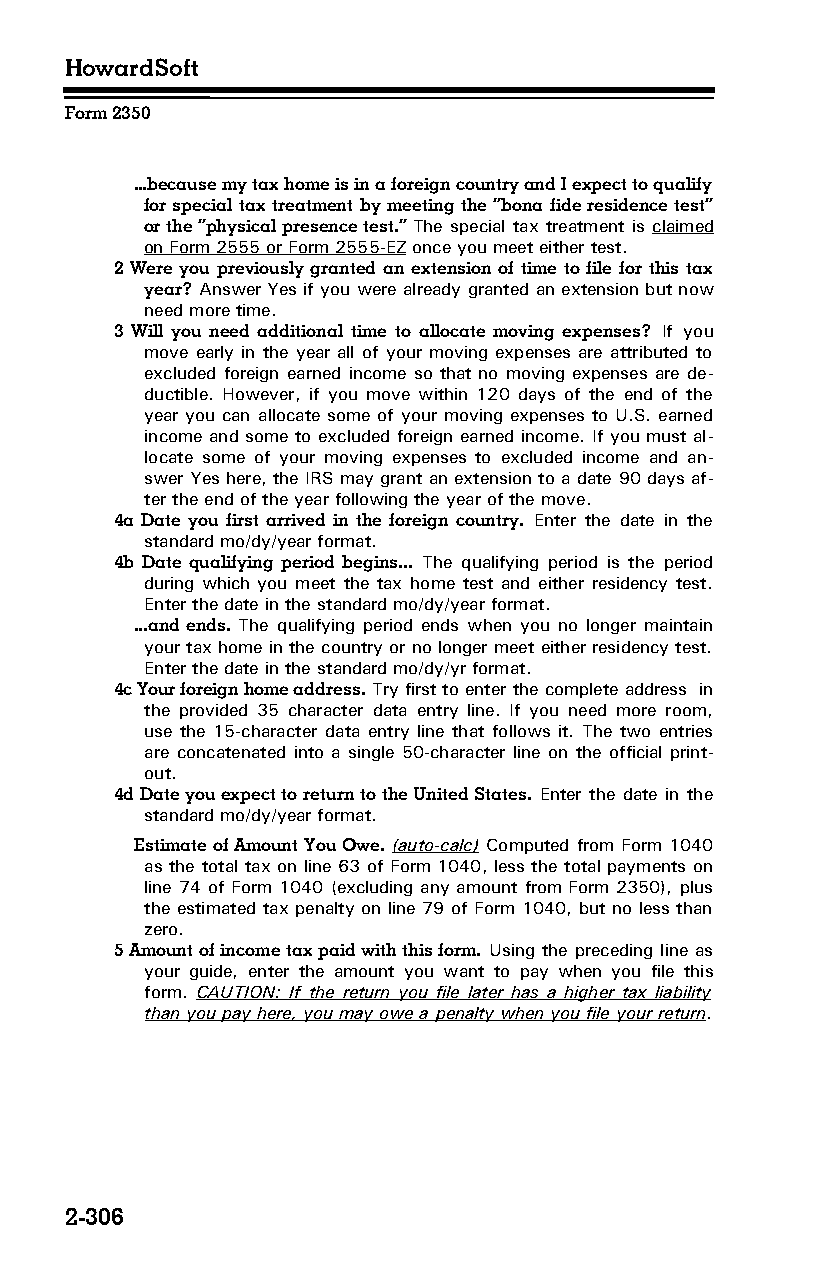
HowardSoft
 Form 2350
 ...because my tax home is in a foreign country and I expect to qualify
 for special tax treatment by meeting the “bona fide residence test”
 or the “physical presence test.” The special tax treatment is claimed
 on Form 2555 or Form 2555-EZ once you meet either test.
 2 Were you previously granted an extension of time to file for this tax
 year? Answer Yes if you were already granted an extension but now
 need more time.
 3 Will you need additional time to allocate moving expenses? If you
 move early in the year all of your moving expenses are attributed to
 excluded foreign earned income so that no moving expenses are de­
 ductible. However, if you move within 120 days of the end of the
 year you can allocate some of your moving expenses to U.S. earned
 income and some to excluded foreign earned income. If you must al­
 locate some of your moving expenses to excluded income and an­
 swer Yes here, the IRS may grant an extension to a date 90 days af­
 ter the end of the year following the year of the move.
 4a Date you first arrived in the foreign country. Enter the date in the
 standard mo/dy/year format.
 4b Date qualifying period begins... The qualifying period is the period
 during which you meet the tax home test and either residency test.
 Enter the date in the standard mo/dy/year format.
 ...and ends. The qualifying period ends when you no longer maintain
 your tax home in the country or no longer meet either residency test.
 Enter the date in the standard mo/dy/yr format.
 4c Your foreign home address. Try first to enter the complete address in
 the provided 35 character data entry line. If you need more room,
 use the 15-character data entry line that follows it. The two entries
 are concatenated into a single 50-character line on the official print­
 out.
 4d Date you expect to return to the United States. Enter the date in the
 standard mo/dy/year format.
 Estimate of Amount You Owe. (auto-calc) Computed from Form 1040
 as the total tax on line 63 of Form 1040, less the total payments on
 line 74 of Form 1040 (excluding any amount from Form 2350), plus
 the estimated tax penalty on line 79 of Form 1040, but no less than
 zero.
 5 Amount of income tax paid with this form. Using the preceding line as
 your guide, enter the amount you want to pay when you file this
 form. CAUTION: If the return you file later has a higher tax liability
 than you pay here, you may owe a penalty when you file your return.
 2-306